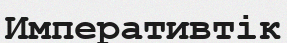
Императивтік